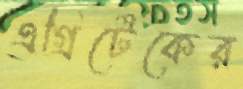
এগ্রিটেকের